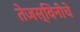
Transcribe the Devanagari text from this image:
तेजस्विनीचे